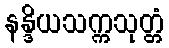
နန္ဒိယသက္ကသုတ္တံ